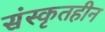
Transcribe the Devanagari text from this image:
संस्कृतहीन